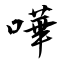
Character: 嘩